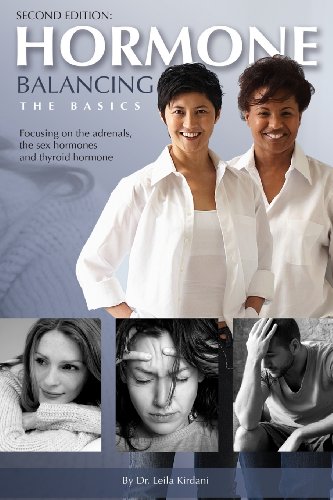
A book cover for Hormone Balancing The Basics: Focusing on the adrenals, the sex hormones and thyroid hormone; Leila Kirdani; Health, Fitness & Dieting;